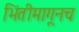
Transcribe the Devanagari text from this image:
भिंतीमागूनच